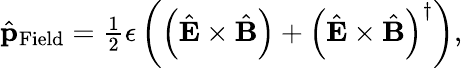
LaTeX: \begin{array}{r}{\hat{\mathbf p}_{\mathrm{Field}}=\frac{1}{2}\epsilon\left(\left(\hat{\mathbf E}\times\hat{\mathbf B}\right)+\left(\hat{\mathbf E}\times\hat{\mathbf B}\right)^{\dagger}\right),}\end{array}